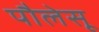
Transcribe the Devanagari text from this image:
पौलेसू